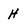
Character: H